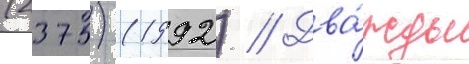
(2375) (1992) // Два́жды